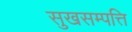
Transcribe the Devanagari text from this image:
सुखसम्पत्ति